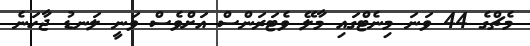
މެޗްގެ 44 ވަނަ މިނެޓްގައި މާލޭ ވެޓަރަންސް އަށްވެސް ވަނީ ލަނޑު ޖާހަނެ